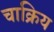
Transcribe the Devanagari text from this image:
चाक्रिय